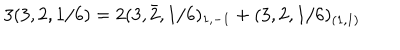
LaTeX: 3 ( 3 , 2 , 1 / 6 ) = 2 ( 3 , \bar { 2 } , 1 / 6 ) _ { 1 , - 1 } + ( 3 , 2 , 1 / 6 ) _ { ( 1 , 1 ) }